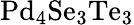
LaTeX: \mathrm{Pd_{4}Se_{3}Te_{3}}